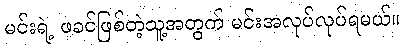
မင်းရဲ့ ဖခင်ဖြစ်တဲ့သူ့အတွက် မင်းအလုပ်လုပ်ရမယ်။